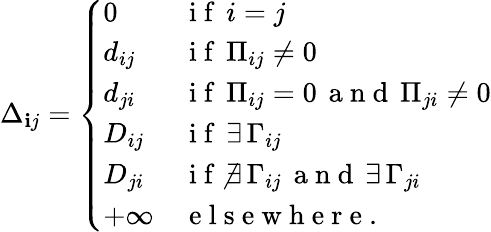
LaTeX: \Delta_{\mathbf{i}j}=\left\{ \begin{array}{ll}{0}&{\mathrm{~i~f~}\, i=j}\\ {d_{ij}}&{\mathrm{~i~f~}\, \Pi_{ij}\neq 0}\\ {d_{ji}}&{\mathrm{~i~f~}\, \Pi_{ij}=0\, \mathrm{~a~n~d~}\, \Pi_{ji}\neq 0}\\ {D_{ij}}&{\mathrm{~i~f~}\, \exists\, \Gamma_{ij}}\\ {D_{ji}}&{\mathrm{~i~f~}\, \nexists\, \Gamma_{ij}\, \mathrm{~a~n~d~}\, \exists\, \Gamma_{ji}}\\ {+\infty}&{\mathrm{~e~l~s~e~w~h~e~r~e~.~}}\end{array}\right.